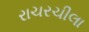
રાચરચીલા